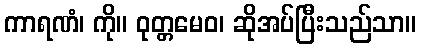
ကာရဏံ၊ ကို။ ဝုတ္တမေဝ၊ ဆိုအပ်ပြီးသည်သာ။